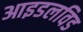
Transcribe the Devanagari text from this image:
आइडलविड